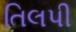
તિલપી